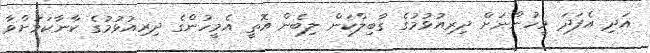
އަދި އެފަދަ މީހުންނަށް ދިރިއުޅުމުގެ ގާބިލްކަން ލިބެން އޮތީ އެމީހުންގެ ދިރިއުޅުމުގެ ކާނާކަމަށްވާ